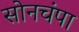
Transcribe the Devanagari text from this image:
सोनचंपा